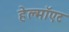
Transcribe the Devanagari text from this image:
हेल्मॉएट